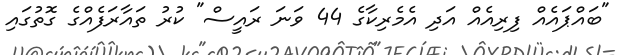
"ބައްޕައެއް ފިރިއެއް އަދި އެމެރިކާގެ 44 ވަނަ ރައީސް" ކުރު ތައާރަފެއްގެ ގޮތުގައި